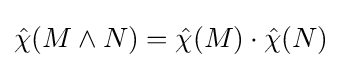
{\hat {\chi }}(M\wedge N)={\hat {\chi }}(M)\cdot {\hat {\chi }}(N)